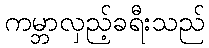
ကမ္ဘာလှည့်ခရီးသည်